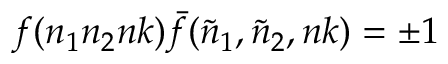
f ( n _ { 1 } n _ { 2 } n k ) { \bar { f } } ( { \tilde { n } } _ { 1 } , { \tilde { n } } _ { 2 } , n k ) = \pm 1